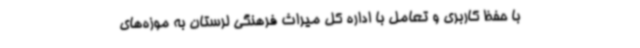
با حفظ کاربری و تعامل با اداره کل میراث فرهنگی لرستان به موزه‌های